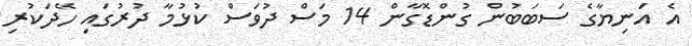
އެ އަނިޔާގެ ސަބަބުން ގުންޑޮގާން 14 މަސް ދުވަސް ކުޅުމާ ދުރުގައި ހޭދަކުރި